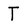
Character: T